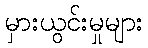
မှားယွင်းမှုများ